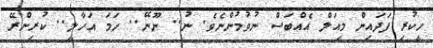
ހީކުރި ފަދައިން މިއަލް އެއްބަސް ނުވުމުންނެވެ. ނު.. ނޫނޭ.. ހަމަ އަހާލީ.. ކުރިންރޭ